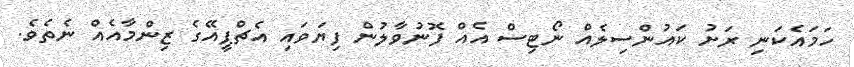
ހަމައެކަނި ރަށު ކައުންސިލެއް ނޯޓިސް އެއް ފޮނުވާލުން ފިޔަވައި އެޗްޕީއޭގެ ޒިންމާއެއް ނެތެވެ.